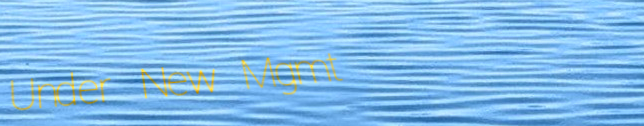
Under New Mgmt